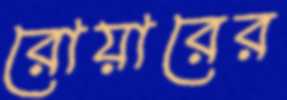
রোয়ারের